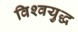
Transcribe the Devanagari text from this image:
विश्‍वयुद्ध